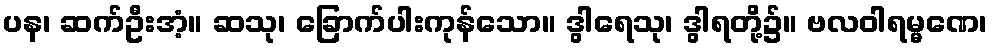
ပန၊ ဆက်ဦးအံ့။ ဆသု၊ ခြောက်ပါးကုန်သော။ ဒွါရေသု၊ ဒွါရတို့၌။ ဗလဝါရမ္မဏေ၊